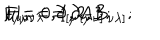
F _ { \mu \nu } = \partial _ { [ \mu } A _ { \nu ] } ; \hspace { 0 . 5 c m } H _ { \mu \nu \lambda } = \partial _ { [ \mu } B _ { \nu \lambda ] } ; \hspace { 0 . 5 c m } \mu = 0 , 1 , 2 , 3 .